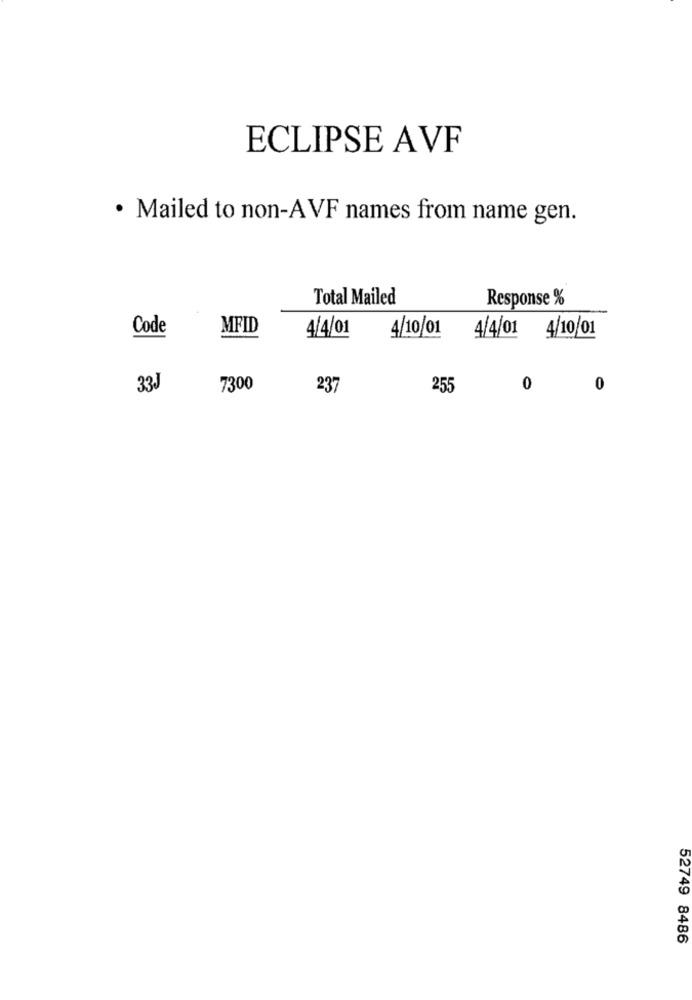
ECLIPSE AVF
· Mailed to non-AVF names from name gen.
Total Mailed
Response %
Code
MFID
4/4/01
4/10/01
4/4/01 4/10/01
33J
7300
237
255
0
0
52749 8486